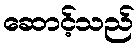
ဆောင့်သည်